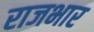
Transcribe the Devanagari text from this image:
राजभार